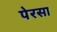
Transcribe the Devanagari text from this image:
पेरसा